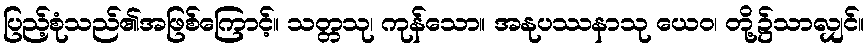
ပြည့်စုံသည်၏အဖြစ်ကြောင့်။ သတ္တသု၊ ကုန်သော။ အနုပဿနာသု ယေဝ၊ တို့၌သာလျှင်။